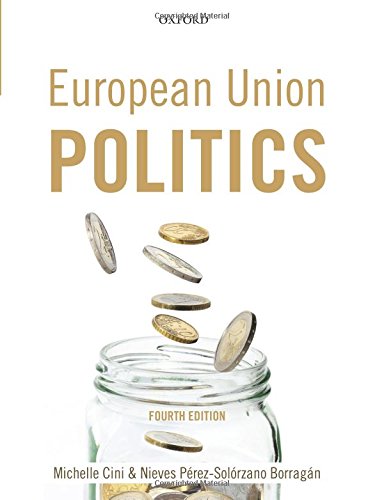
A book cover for European Union Politics; Michelle Cini; Law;